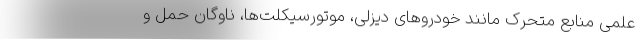
علمی منابع متحرک مانند خودروهای دیزلی، موتورسیکلت‌ها، ناوگان حمل و